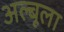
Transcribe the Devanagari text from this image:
अल्बूला